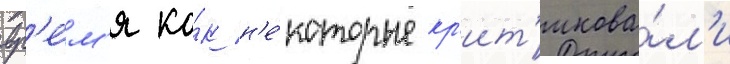
вр'е́м'я ка́к н'е́которые кр'ит'икова́л'и